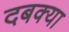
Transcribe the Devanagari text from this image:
दबक्या